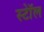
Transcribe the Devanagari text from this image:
स्टॉेल